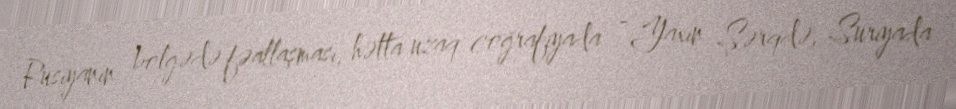
Rusiyanın bölgədə fəallaşması, hətta uzaq coğrafiyada - Yaxın Şərqdə, Suriyada